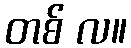
တစ် လ။